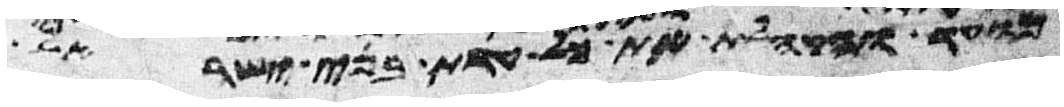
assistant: מועד והקהלת את כל עדת בני ישראל